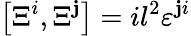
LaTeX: \left[\Xi^{i},\Xi^{\mathbf{j}}\right]=il^{2}{\varepsilon}^{\mathbf{j}i}